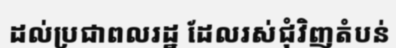
ដល់ប្រជាពលរដ្ឋ ដែលរស់ជុំវិញតំបន់